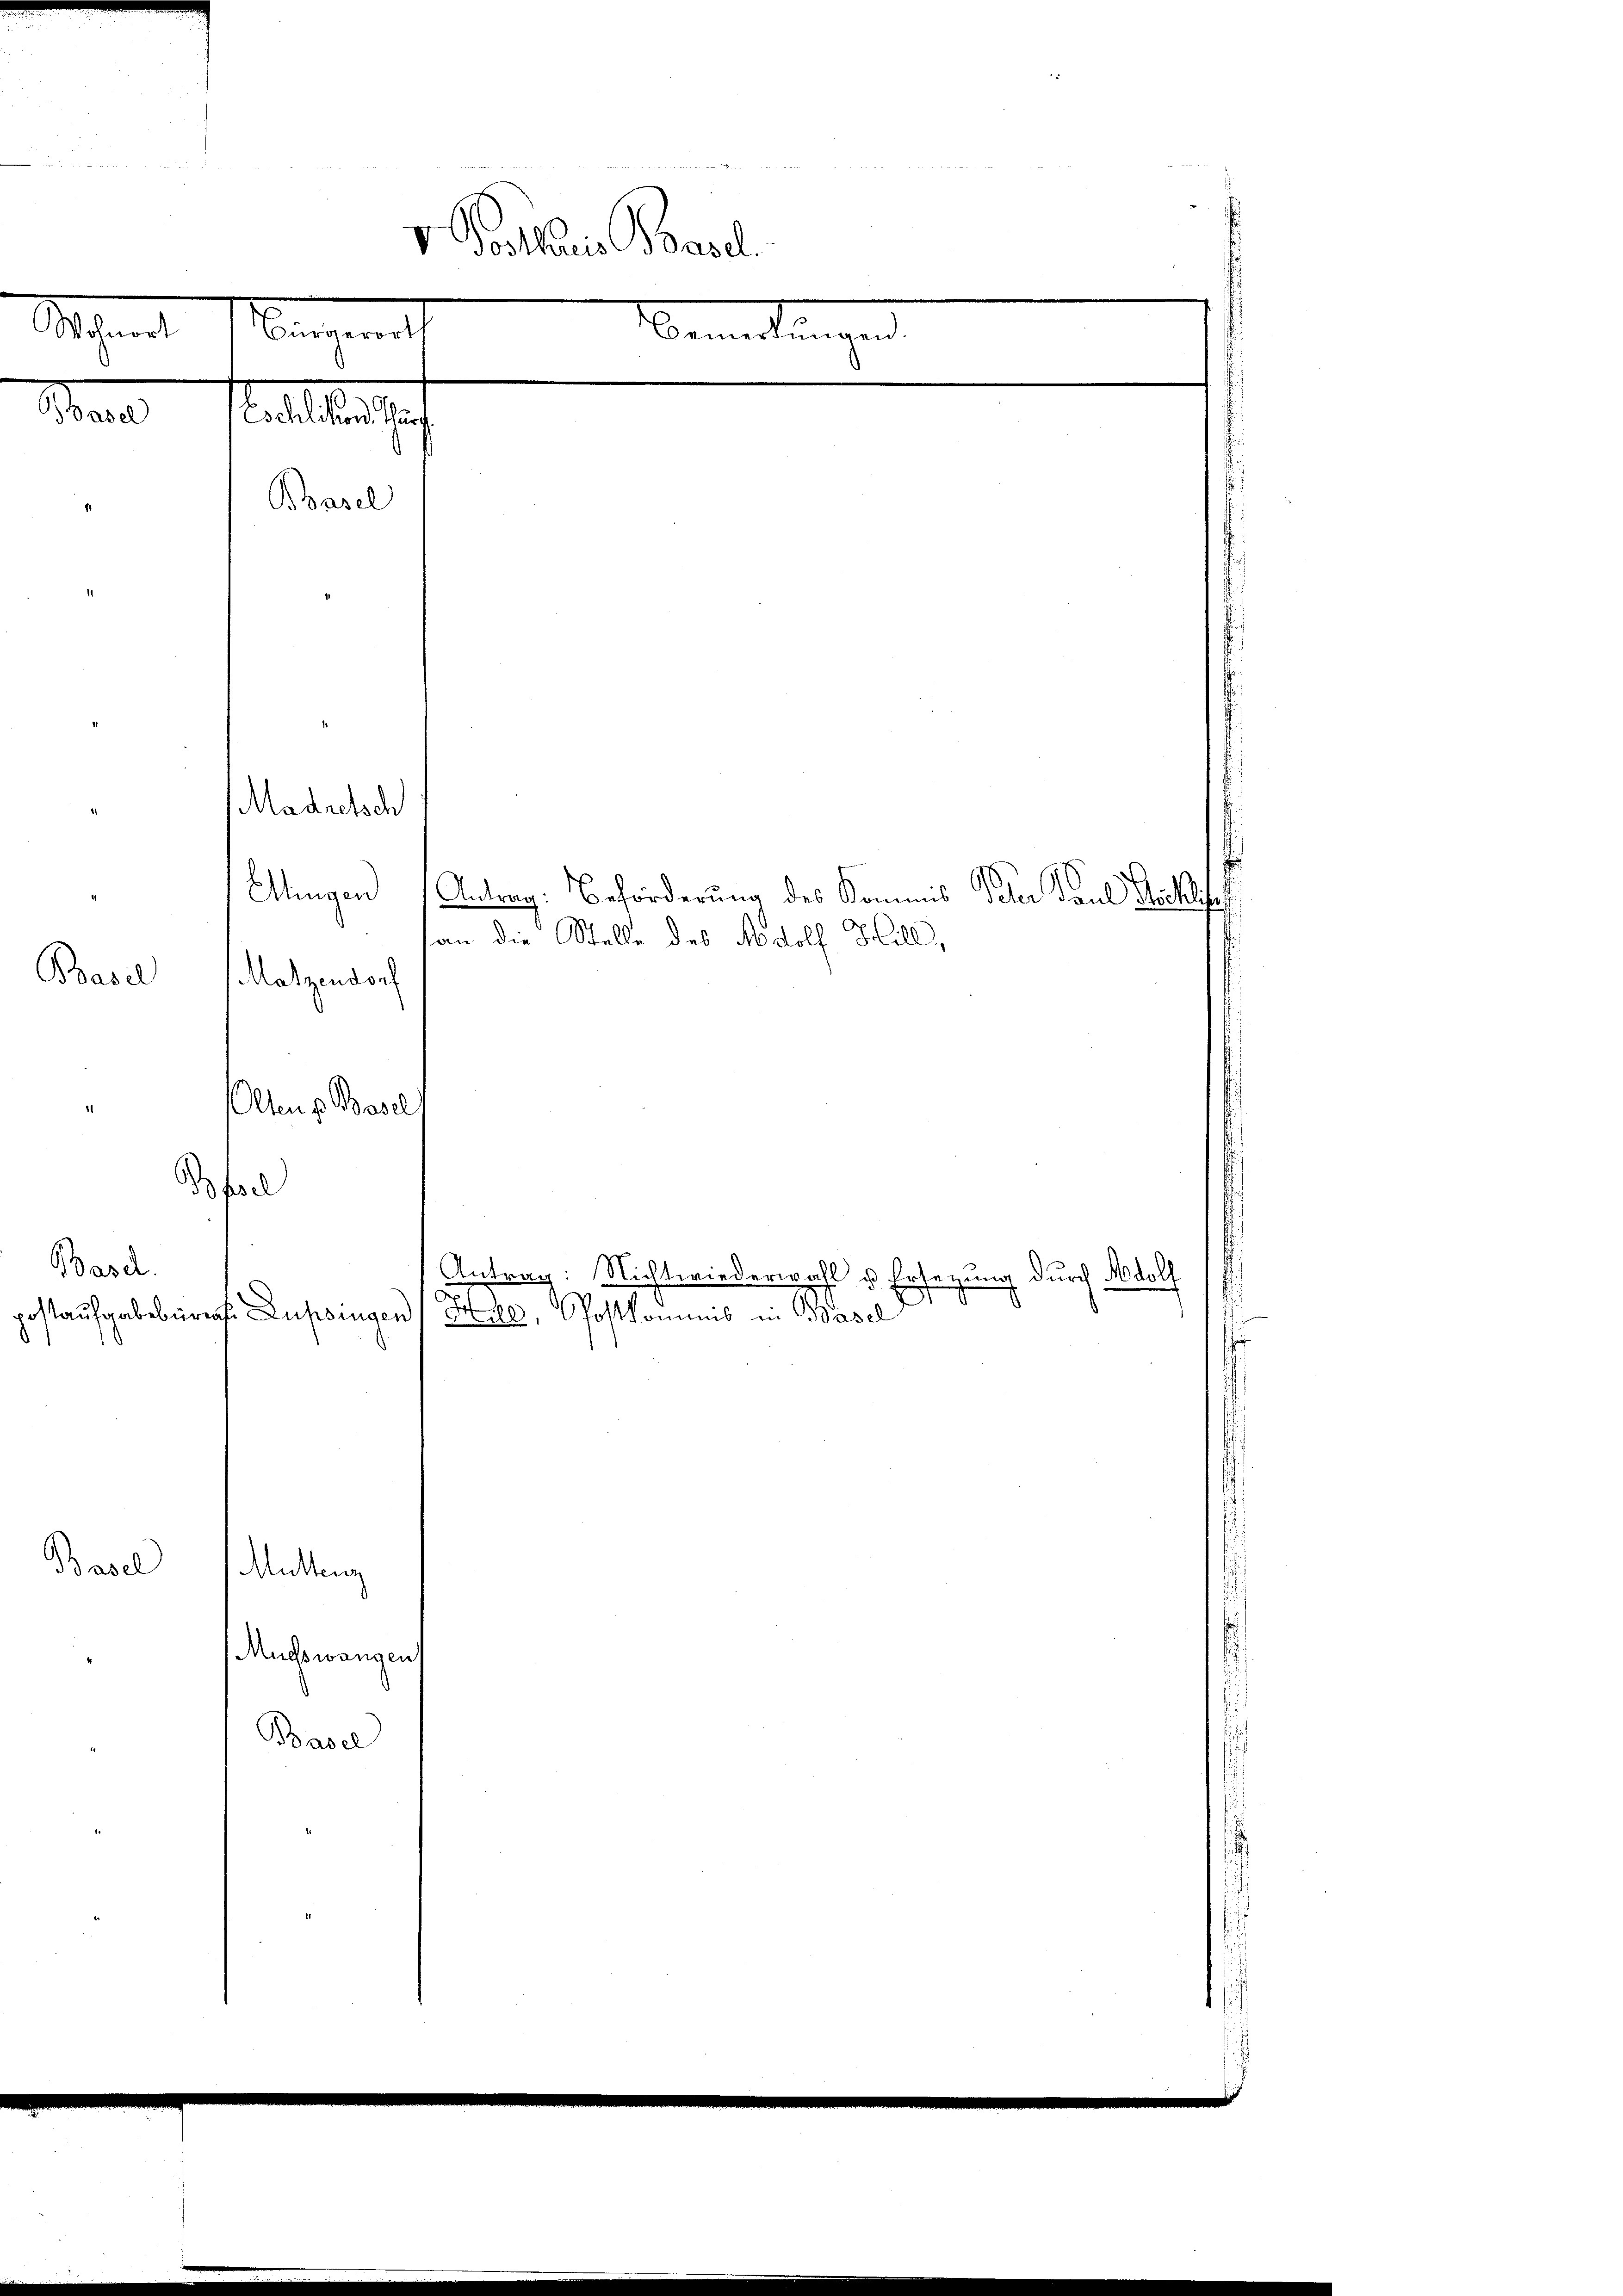
e
v Posthaus Basel.
Ment
Bangemelt
eeilungen

Man

Basil

Basch.

tallaste
Basel
Madretsch
Matzendorf

Klingen Antrag: Beförderung des Kommis Peter Paul Pichli
die Stelle des Nodolf Hill,
Ans Bere
Bfre

Basel
Mittenz
Muchswangens
Basel

Antrag: Nichtwiederwahl u Ert
g durch Adolf
e
gestaufgabe berent Lupsingen (He, Postkommis Basel